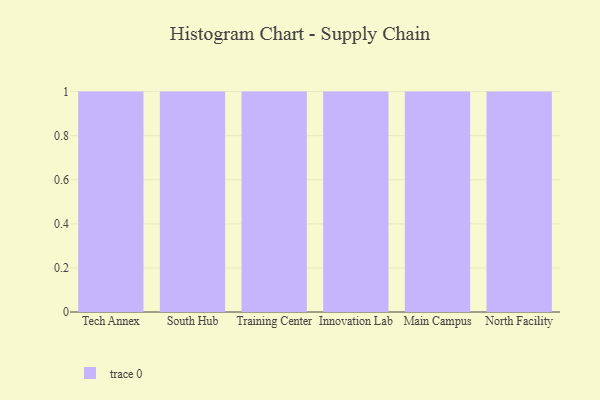
{"axis": {"x": "Campus", "y": "Inventory Turnover"}, "legend": [""], "data": [{"x": "Tech Annex", "y": 82, "type": ""}, {"x": "South Hub", "y": 7, "type": ""}, {"x": "Training Center", "y": 100, "type": ""}, {"x": "Innovation Lab", "y": 23, "type": ""}, {"x": "Main Campus", "y": 18, "type": ""}, {"x": "North Facility", "y": 87, "type": ""}]}